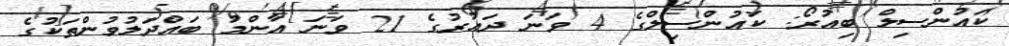
ކައުންސިލް ބިއުރޯ: ކައުންސިލްގެ 4 ވަނަ ދައުރުގެ 21 ވަނަ އާންމު ބައްދަލުވުންތަކުގެ